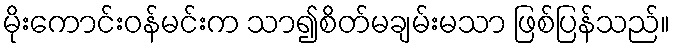
မိုးကောင်းဝန်မင်းက သာ၍စိတ်မချမ်းမသာ ဖြစ်ပြန်သည်။